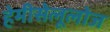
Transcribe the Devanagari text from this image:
हेमीसेलूलोज